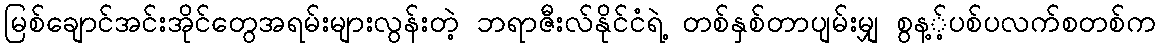
မြစ်ချောင်အင်းအိုင်တွေအရမ်းများလွန်းတဲ့ ဘရာဇီးလ်နိုင်ငံရဲ့ တစ်နှစ်တာပျမ်းမျှ စွန့့်ပစ်ပလက်စတစ်က